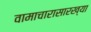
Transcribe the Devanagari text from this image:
वामाचारासारख्या